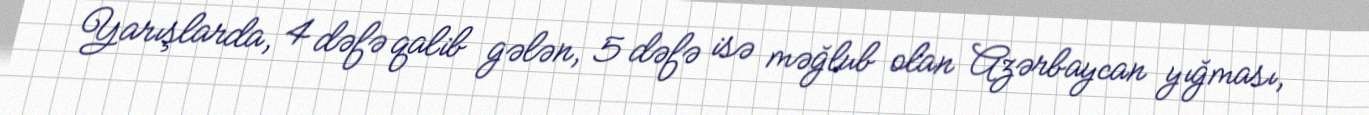
Yarışlarda, 4 dəfə qalib gələn, 5 dəfə isə məğlub olan Azərbaycan yığması,